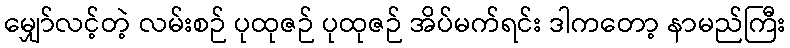
မျှော်လင့်တဲ့ လမ်းစဉ် ပုထုဇဉ် ပုထုဇဉ် အိပ်မက်ရင်း ဒါကတော့ နာမည်ကြီး